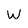
Character: W